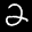
Label: 2